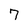
Character: 7